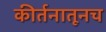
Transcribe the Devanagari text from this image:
कीर्तनातूनच